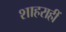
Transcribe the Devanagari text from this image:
शाहराहीं